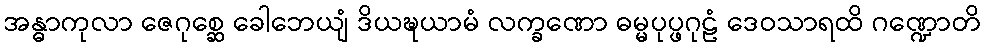
အန္ဓာကုလာ ဇေဂုစ္ဆေ ခေါဘေယျံ ဒိယဍ္ဎယာမံ လက္ခဏော ဓမ္မပုပ္ဖဂုဠံ ဒေဝသာရထိ ဂဏ္ဍောတိ